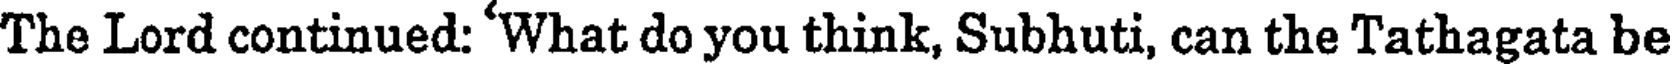
The Lord continued: 'What do you think, Subhuti, can the Tathagata be